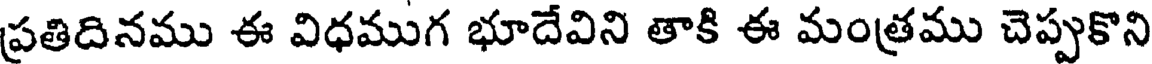
ప్రతిదినము ఈ విధముగ భూదేవిని తాకి ఈ మంత్రము చెప్పుకొని